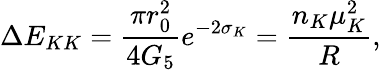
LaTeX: \Delta E_{KK}=\frac{\pi r_{0}^{2}}{4G_{5}}e^{-2\sigma_{K}}=\frac{n_{K}\mu_{K}^{2}}{R},